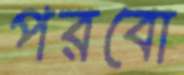
পরবো